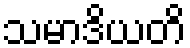
သမာဒိယတိ